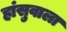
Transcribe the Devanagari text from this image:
हांसुवाला